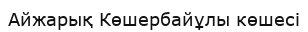
Айжарық Көшербайұлы көшесі